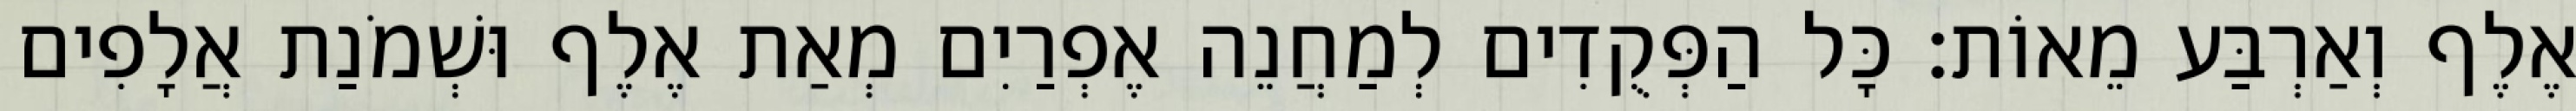
אֶלֶף וְאַרְבַּע מֵאוֹת׃ כָּל הַפְּקֻדִים לְמַחֲנֵה אֶפְרַיִם מְאַת אֶלֶף וּשְׁמֹנַת אֲלָפִים